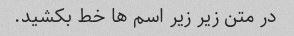
در متن زیر زیر اسم ها خط بکشید.